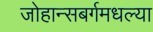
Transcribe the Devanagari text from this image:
जोहान्सबर्गमधल्या